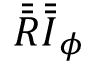
\bar { \bar { \boldsymbol { R } } } \bar { \bar { \boldsymbol { I } } } _ { \phi }